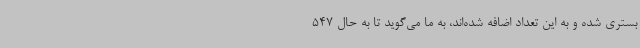
بستری شده‌ و به این تعداد اضافه شده‌اند، به ما می‌گوید تا به حال 547